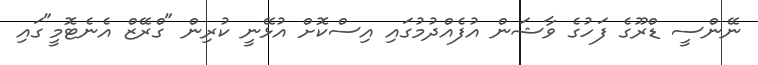
ނޭންސީ ޑްރޫގެ ފަހުގެ ވާޝަން އުފެއްދުމުގައި އިސްކޮށް އުޅޭނީ ކުރިން "ގްރޭޒް އެނެޓޮމީ"ގައި